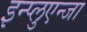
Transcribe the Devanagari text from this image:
इन्प्लुएन्जा